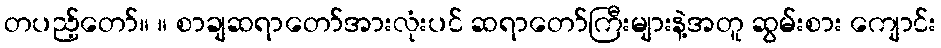
တပည့်တော်။ ။ စာချဆရာတော်အားလုံးပင် ဆရာတော်ကြီးများနဲ့အတူ ဆွမ်းစား ကျောင်း